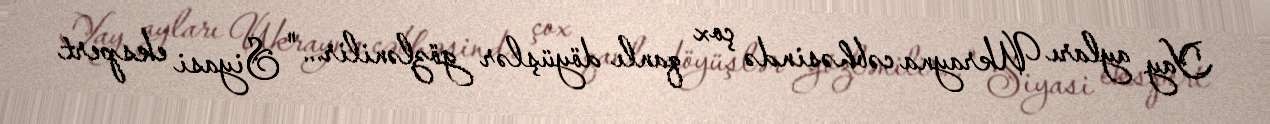
Yay ayları Ukrayna cəbhəsində çox qanlı döyüşlər gözlənilir..." Siyasi ekspert